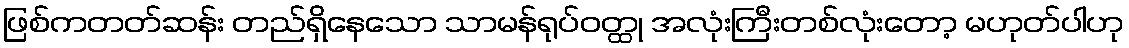
ဖြစ်ကတတ်ဆန်း တည်ရှိနေသော သာမန်ရုပ်ဝတ္ထု အလုံးကြီးတစ်လုံးတော့ မဟုတ်ပါဟု